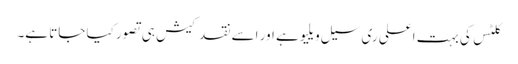
کلٹس کی بہت اعلی ری سیل ویلیو ہے اور اسے نقد کیش ہی تصور کیا جاتا ہے۔